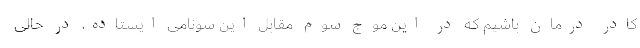
کادر درمان باشیم که در این موج سوم مقابل این سونامی ایستاده‌، در حالی